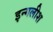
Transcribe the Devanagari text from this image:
इन्गलीश